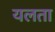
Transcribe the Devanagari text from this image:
यलता